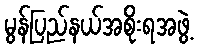
မွန်ပြည်နယ်အစိုးရအဖွဲ့